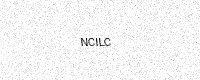
Text: NCILC